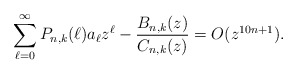
\begin{align*}\sum_{\ell=0}^{\infty} P_{n,k}(\ell)a_{\ell}z^{\ell}-\frac{B_{n,k}(z)}{C_{n,k}(z)}=O(z^{10n+1}).\end{align*}